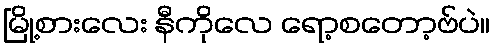
မြို့စားလေး နီကိုလေ ရော့စတော့ဗ်ပဲ။